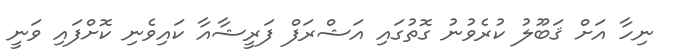
ނިހާ އަށް ޤަބޫލު ކުރެވުނު ގޮތުގައި އަޝްރަފް ފަރީޝާއާ ކައިވެނި ކޮށްފައި ވަނީ